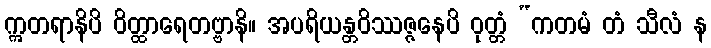
ဣတရာနိပိ ဝိတ္ထာရေတဗ္ဗာနိ။ အပရိယန္တဝိဿဇ္ဇနေပိ ဝုတ္တံ “ကတမံ တံ သီလံ န